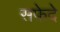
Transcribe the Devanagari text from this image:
सफेदे